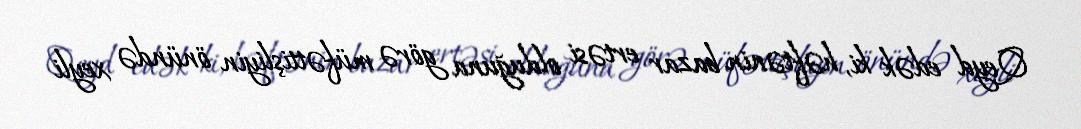
Qeyd edək ki, həftənin bazar ertəsi olduğuna görə müfəttişliyin önündə xeyli